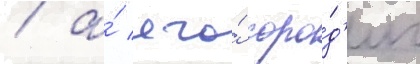
/ а́ его́ соро́д'ич